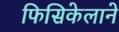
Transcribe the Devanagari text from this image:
फिसिकेलाने